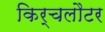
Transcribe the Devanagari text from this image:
किर्चलौटर